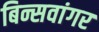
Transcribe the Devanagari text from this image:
बिन्सवांगर